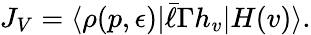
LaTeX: J_{V}=\langle\rho(p,\epsilon)|\bar{\ell}\Gamma h_{v}|H(v)\rangle.